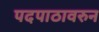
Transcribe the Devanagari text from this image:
पदपाठावरुन